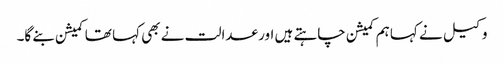
وکیل نے کہا ہم کمیشن چاہتے ہیں اور عدالت نے بھی کہا تھا کمیشن بنے گا۔